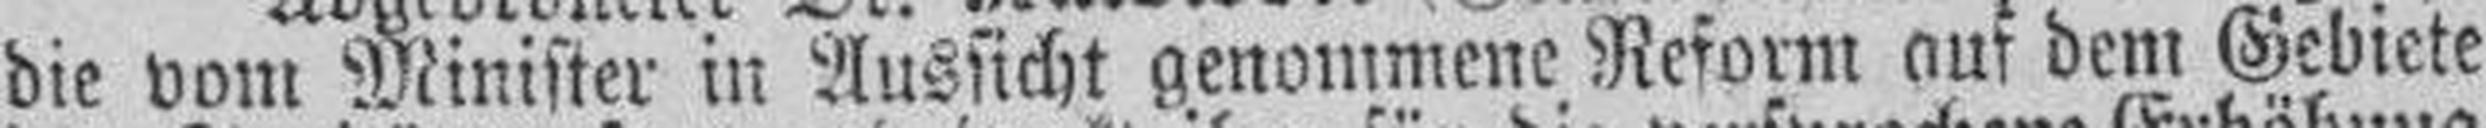
die vom Minister in Aussicht genommene Reform auf dem Gebiete